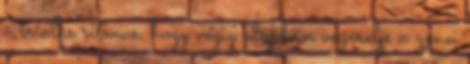
a triolás ritmus, hogy végig alapban vezérelje a zenei